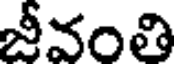
జీవంతి